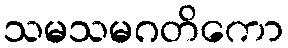
သမသမဂတိကော